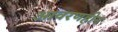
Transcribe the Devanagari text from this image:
आवरणहीन